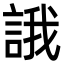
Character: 誐